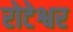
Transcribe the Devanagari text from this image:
रोटेश्वर